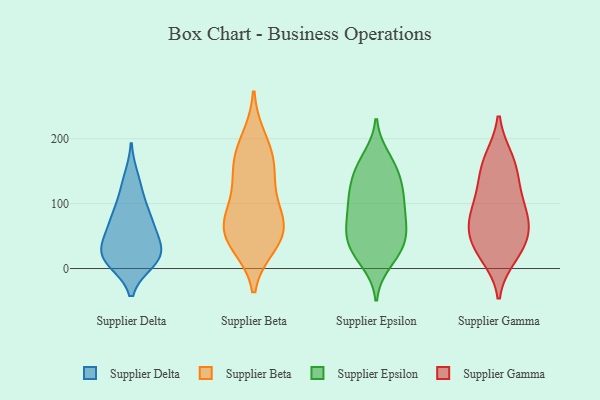
{"axis": {"x": "LTV (USD)", "y": "Value"}, "legend": ["Supplier Beta", "Supplier Delta", "Supplier Epsilon", "Supplier Gamma"], "data": [{"x": "", "y": 18, "type": "Supplier Delta"}, {"x": "", "y": 60, "type": "Supplier Delta"}, {"x": "", "y": 116, "type": "Supplier Delta"}, {"x": "", "y": 43, "type": "Supplier Delta"}, {"x": "", "y": 67, "type": "Supplier Delta"}, {"x": "", "y": 19, "type": "Supplier Delta"}, {"x": "", "y": 140, "type": "Supplier Delta"}, {"x": "", "y": 30, "type": "Supplier Delta"}, {"x": "", "y": 80, "type": "Supplier Delta"}, {"x": "", "y": 22, "type": "Supplier Delta"}, {"x": "", "y": 11, "type": "Supplier Delta"}, {"x": "", "y": 88, "type": "Supplier Delta"}, {"x": "", "y": 12, "type": "Supplier Delta"}, {"x": "", "y": 142, "type": "Supplier Beta"}, {"x": "", "y": 198, "type": "Supplier Beta"}, {"x": "", "y": 51, "type": "Supplier Beta"}, {"x": "", "y": 38, "type": "Supplier Beta"}, {"x": "", "y": 164, "type": "Supplier Beta"}, {"x": "", "y": 78, "type": "Supplier Beta"}, {"x": "", "y": 68, "type": "Supplier Beta"}, {"x": "", "y": 114, "type": "Supplier Beta"}, {"x": "", "y": 68, "type": "Supplier Beta"}, {"x": "", "y": 45, "type": "Supplier Beta"}, {"x": "", "y": 171, "type": "Supplier Beta"}, {"x": "", "y": 10, "type": "Supplier Epsilon"}, {"x": "", "y": 43, "type": "Supplier Epsilon"}, {"x": "", "y": 102, "type": "Supplier Epsilon"}, {"x": "", "y": 162, "type": "Supplier Epsilon"}, {"x": "", "y": 30, "type": "Supplier Epsilon"}, {"x": "", "y": 131, "type": "Supplier Epsilon"}, {"x": "", "y": 154, "type": "Supplier Epsilon"}, {"x": "", "y": 53, "type": "Supplier Epsilon"}, {"x": "", "y": 171, "type": "Supplier Epsilon"}, {"x": "", "y": 58, "type": "Supplier Epsilon"}, {"x": "", "y": 31, "type": "Supplier Epsilon"}, {"x": "", "y": 115, "type": "Supplier Epsilon"}, {"x": "", "y": 21, "type": "Supplier Epsilon"}, {"x": "", "y": 115, "type": "Supplier Epsilon"}, {"x": "", "y": 81, "type": "Supplier Epsilon"}, {"x": "", "y": 62, "type": "Supplier Epsilon"}, {"x": "", "y": 76, "type": "Supplier Epsilon"}, {"x": "", "y": 102, "type": "Supplier Epsilon"}, {"x": "", "y": 142, "type": "Supplier Epsilon"}, {"x": "", "y": 169, "type": "Supplier Gamma"}, {"x": "", "y": 168, "type": "Supplier Gamma"}, {"x": "", "y": 143, "type": "Supplier Gamma"}, {"x": "", "y": 106, "type": "Supplier Gamma"}, {"x": "", "y": 38, "type": "Supplier Gamma"}, {"x": "", "y": 79, "type": "Supplier Gamma"}, {"x": "", "y": 26, "type": "Supplier Gamma"}, {"x": "", "y": 127, "type": "Supplier Gamma"}, {"x": "", "y": 63, "type": "Supplier Gamma"}, {"x": "", "y": 74, "type": "Supplier Gamma"}, {"x": "", "y": 84, "type": "Supplier Gamma"}, {"x": "", "y": 19, "type": "Supplier Gamma"}, {"x": "", "y": 45, "type": "Supplier Gamma"}]}